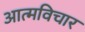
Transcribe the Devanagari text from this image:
आत्मविचार